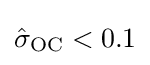
{\hat {\sigma }}_{\text{OC}}<0.1